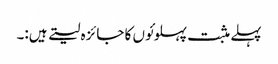
پہلے مثبت پہلوئوں کا جائزہ لیتے ہیں:۔